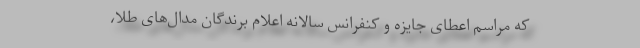
که مراسم اعطای جایزه و کنفرانس سالانه اعلام برندگان مدال‌های طلا،